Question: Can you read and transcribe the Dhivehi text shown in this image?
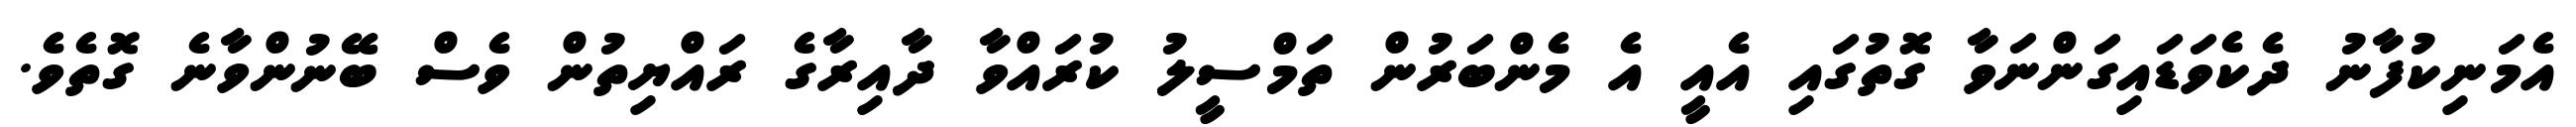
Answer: އެމަނިކުފާނު ދެކެވަޑައިގަންނަވާ ގޮތުގައި އެއީ އެ މެންބަރުން ތަމްސީލު ކުރައްވާ ދާއިރާގެ ރައްޔިތުން ވެސް ބޭނުންވާނެ ގޮތެވެ.